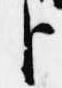
臣